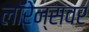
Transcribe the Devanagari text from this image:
लॉरेन्सवर